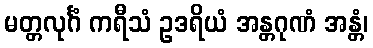
မတ္တလုင်္ဂံ ကရီသံ ဥဒရိယံ အန္တဂုဏံ အန္တံ၊